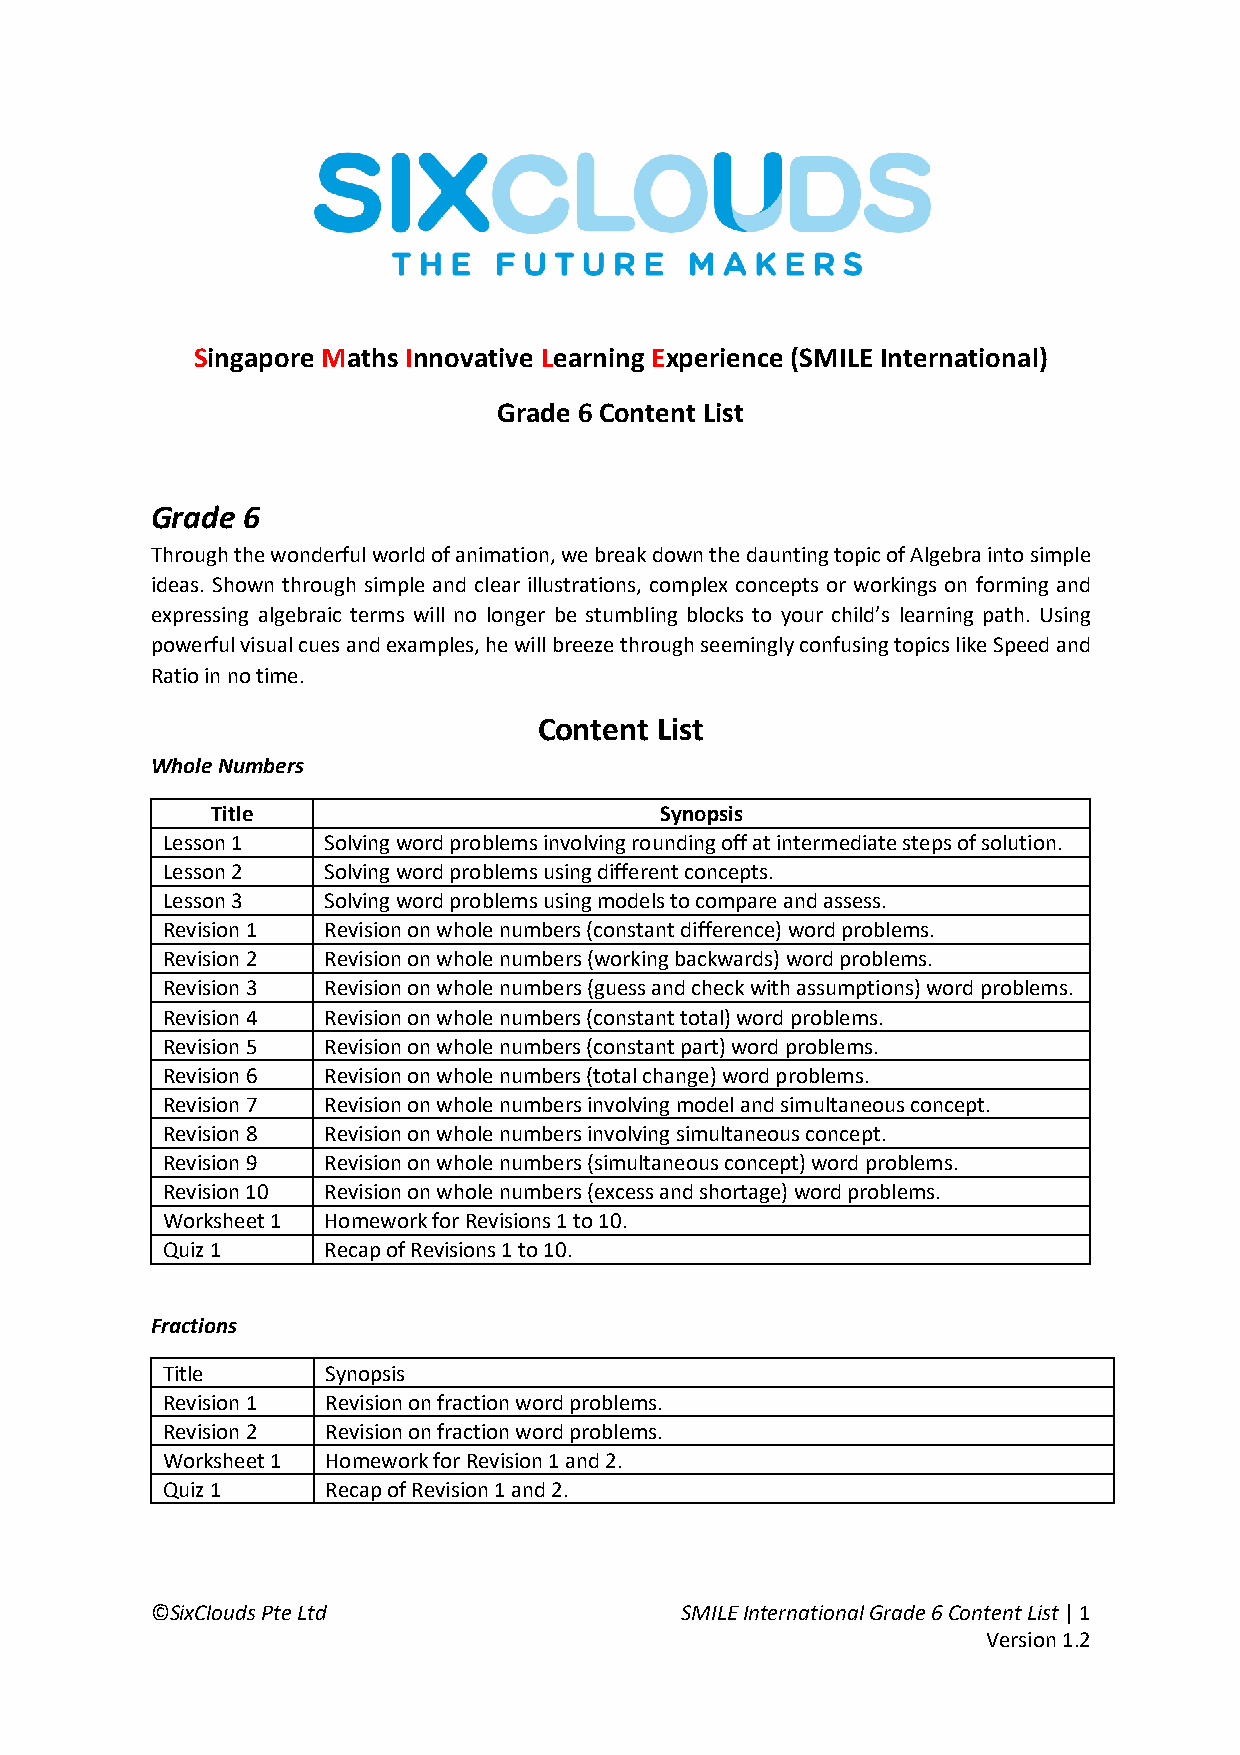
Singapore Maths Innovative Learning Experience (SMILE International)
 Grade 6 Content List
 Grade 6
 Through the wonderful world of animation, we break down the daunting topic of Algebra into simple
 ideas. Shown through simple and clear illustrations, complex concepts or workings on forming and
 expressing algebraic terms will no longer be stumbling blocks to your child’s learning path. Using
 powerful visual cues and examples, he will breeze through seemingly confusing topics like Speed and
 Ratio in no time.
 Content List
 Whole Numbers
 Title                         Synopsis
 Lesson 1  Solving word problems involving rounding off at intermediate steps of solution.
 Lesson 2  Solving word problems using different concepts.
 Lesson 3  Solving word problems using models to compare and assess.
 Revision 1 Revision on whole numbers (constant difference) word problems.
 Revision 2 Revision on whole numbers (working backwards) word problems.
 Revision 3 Revision on whole numbers (guess and check with assumptions) word problems.
 Revision 4 Revision on whole numbers (constant total) word problems.
 Revision 5 Revision on whole numbers (constant part) word problems.
 Revision 6 Revision on whole numbers (total change) word problems.
 Revision 7 Revision on whole numbers involving model and simultaneous concept.
 Revision 8 Revision on whole numbers involving simultaneous concept.
 Revision 9 Revision on whole numbers (simultaneous concept) word problems.
 Revision 10 Revision on whole numbers (excess and shortage) word problems.
 Worksheet 1 Homework for Revisions 1 to 10.
 Quiz 1    Recap of Revisions 1 to 10.
 Fractions
 Title      Synopsis
 Revision 1 Revision on fraction word problems.
 Revision 2 Revision on fraction word problems.
 Worksheet 1 Homework for Revision 1 and 2.
 Quiz 1     Recap of Revision 1 and 2.
 ©SixClouds Pte Ltd                 SMILE International Grade 6 Content List | 1
 Version 1.2